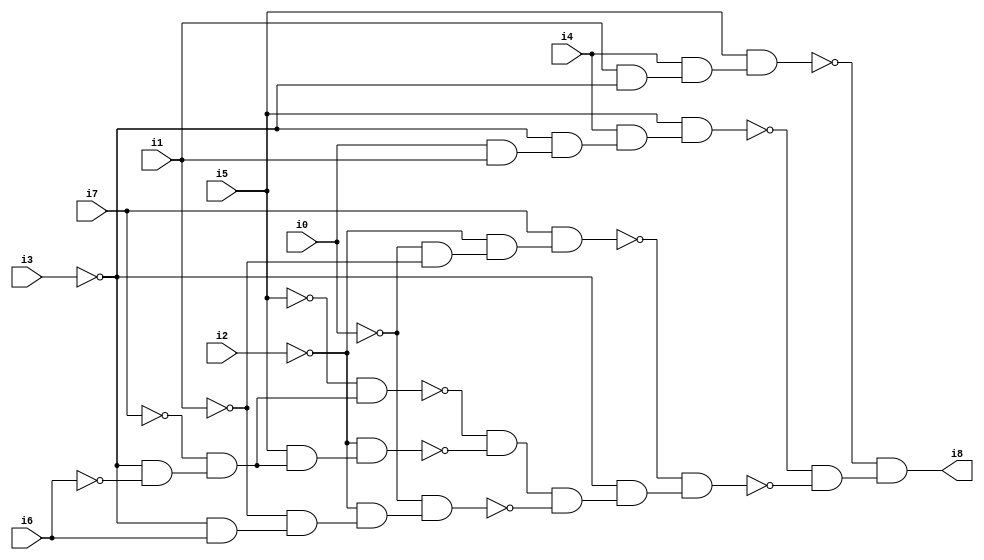
// Benchmark "SKOLEMFORMULA" written by ABC on Mon May  4 15:54:00 2020

module SKOLEMFORMULA ( 
    i0, i1, i2, i3, i4, i5, i6, i7,
    i8  );
  input  i0, i1, i2, i3, i4, i5, i6, i7;
  output i8;
  wire n10, n11, n12, n13, n14, n15, n16, n17, n18, n19, n20, n21, n22, n23,
    n24, n25, n26, n27, n28, n29, n30, n31, n32, n33;
  assign n10 = ~i0 & ~i1;
  assign n11 = ~i2 & n10;
  assign n12 = i7 & n11;
  assign n13 = i0 & i1;
  assign n14 = ~i3 & n13;
  assign n15 = i4 & n14;
  assign n16 = i5 & n15;
  assign n17 = i1 & ~i3;
  assign n18 = i4 & n17;
  assign n19 = i5 & n18;
  assign n20 = ~i3 & ~i6;
  assign n21 = ~i7 & n20;
  assign n22 = ~i5 & n21;
  assign n23 = i5 & n21;
  assign n24 = ~i2 & n23;
  assign n25 = ~n22 & ~n24;
  assign n26 = ~i3 & i6;
  assign n27 = ~i1 & n26;
  assign n28 = ~i2 & n27;
  assign n29 = ~i0 & n28;
  assign n30 = n25 & ~n29;
  assign n31 = ~i3 & n30;
  assign n32 = ~n12 & n31;
  assign n33 = ~n16 & ~n32;
  assign i8 = ~n19 & n33;
endmodule